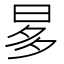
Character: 𣆚